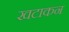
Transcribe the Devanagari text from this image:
खटाकन